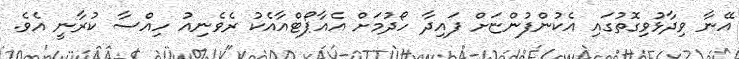
އޭނާ ވިދާޅުވިގޮތުގައި އެކުންފުންޏަށް ފައިދާ ހޯދުމަށް އެއާޕޯޓްއާއެކު ރެވެނިއު ހިއްސާ ކުރާނީ އެވެ.